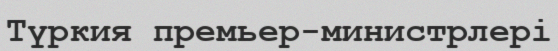
Түркия премьер-министрлері